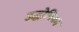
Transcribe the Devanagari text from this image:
उद्धोषिका